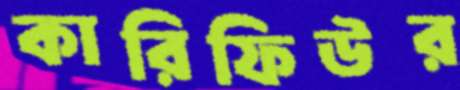
কারিফিউর